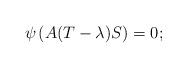
LaTeX: \begin{align*} \psi\left(A(T-\lambda)S\right)=0; \end{align*}